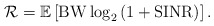
\begin{align*}\mathcal{R}=\mathbb{E}\left[{{\rm BW}} \log_2 \left(1+{\rm SINR} \right)\right].\end{align*}